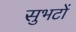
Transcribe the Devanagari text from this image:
सुभटों